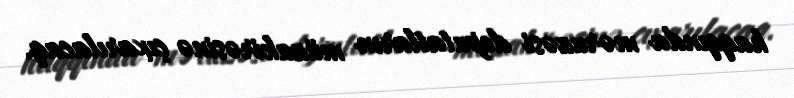
haqqında məruzəsi deputatların müzakirəsinə çıxarılacaq.